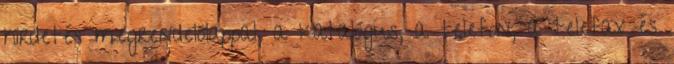
hirdetés megrendelőlappal, a katalógus, a telefon, a telefax és